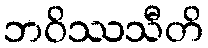
ဘဝိဿသီတိ